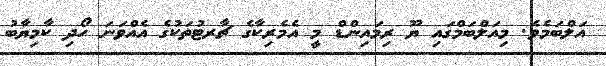
އަލްބަމެވެ. މިއަލްބަމްގައި ޔޫ ރިމައިންޑް މީ އެމެރިކާގެ ޗާރޓުތަކުގެ އެއްވަނަ ހޯދި ކާމިޔާބު